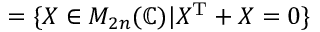
= \{ X \in M _ { 2 n } ( \mathbb { C } ) | X ^ { \mathrm { T } } + X = 0 \}